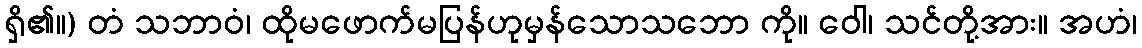
ရှိ၏။) တံ သဘာဝံ၊ ထိုမဖောက်မပြန်ဟုမှန်သောသဘော ကို။ ဝေါ၊ သင်တို့အား။ အဟံ၊